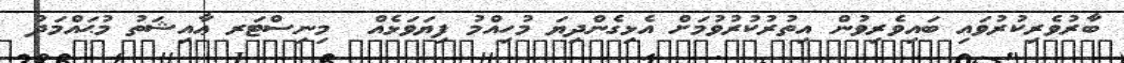
ބާރުވެރިކުރުވައި ބައިވެރިވުން އިތުރުކުރުވުމަށް އެޅިގެންދިޔަ މުހިއްމު ފިޔަވަޅެއް  މިނިސްޓަރ ޢާއިޝަތު މުޙައްމަދު